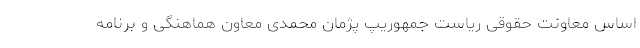
اساس معاونت حقوقی ریاست جمهوریپ پژمان محمدی معاون هماهنگی و برنامه